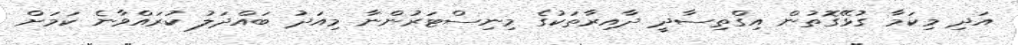
އަދި މިކަމާ ގުޅޭގޮތުން އިގްތިސާދީ ދާއިރާތަކުގެ މިނިސްޓަރުންނާ މިއަދު ބައްދަލު ކުރައްވާނެ ކަމަށް